NAE_ERA_R-2324_Eesti_Vabariigi_Pohiseaduslik_Assamblee, lk 157
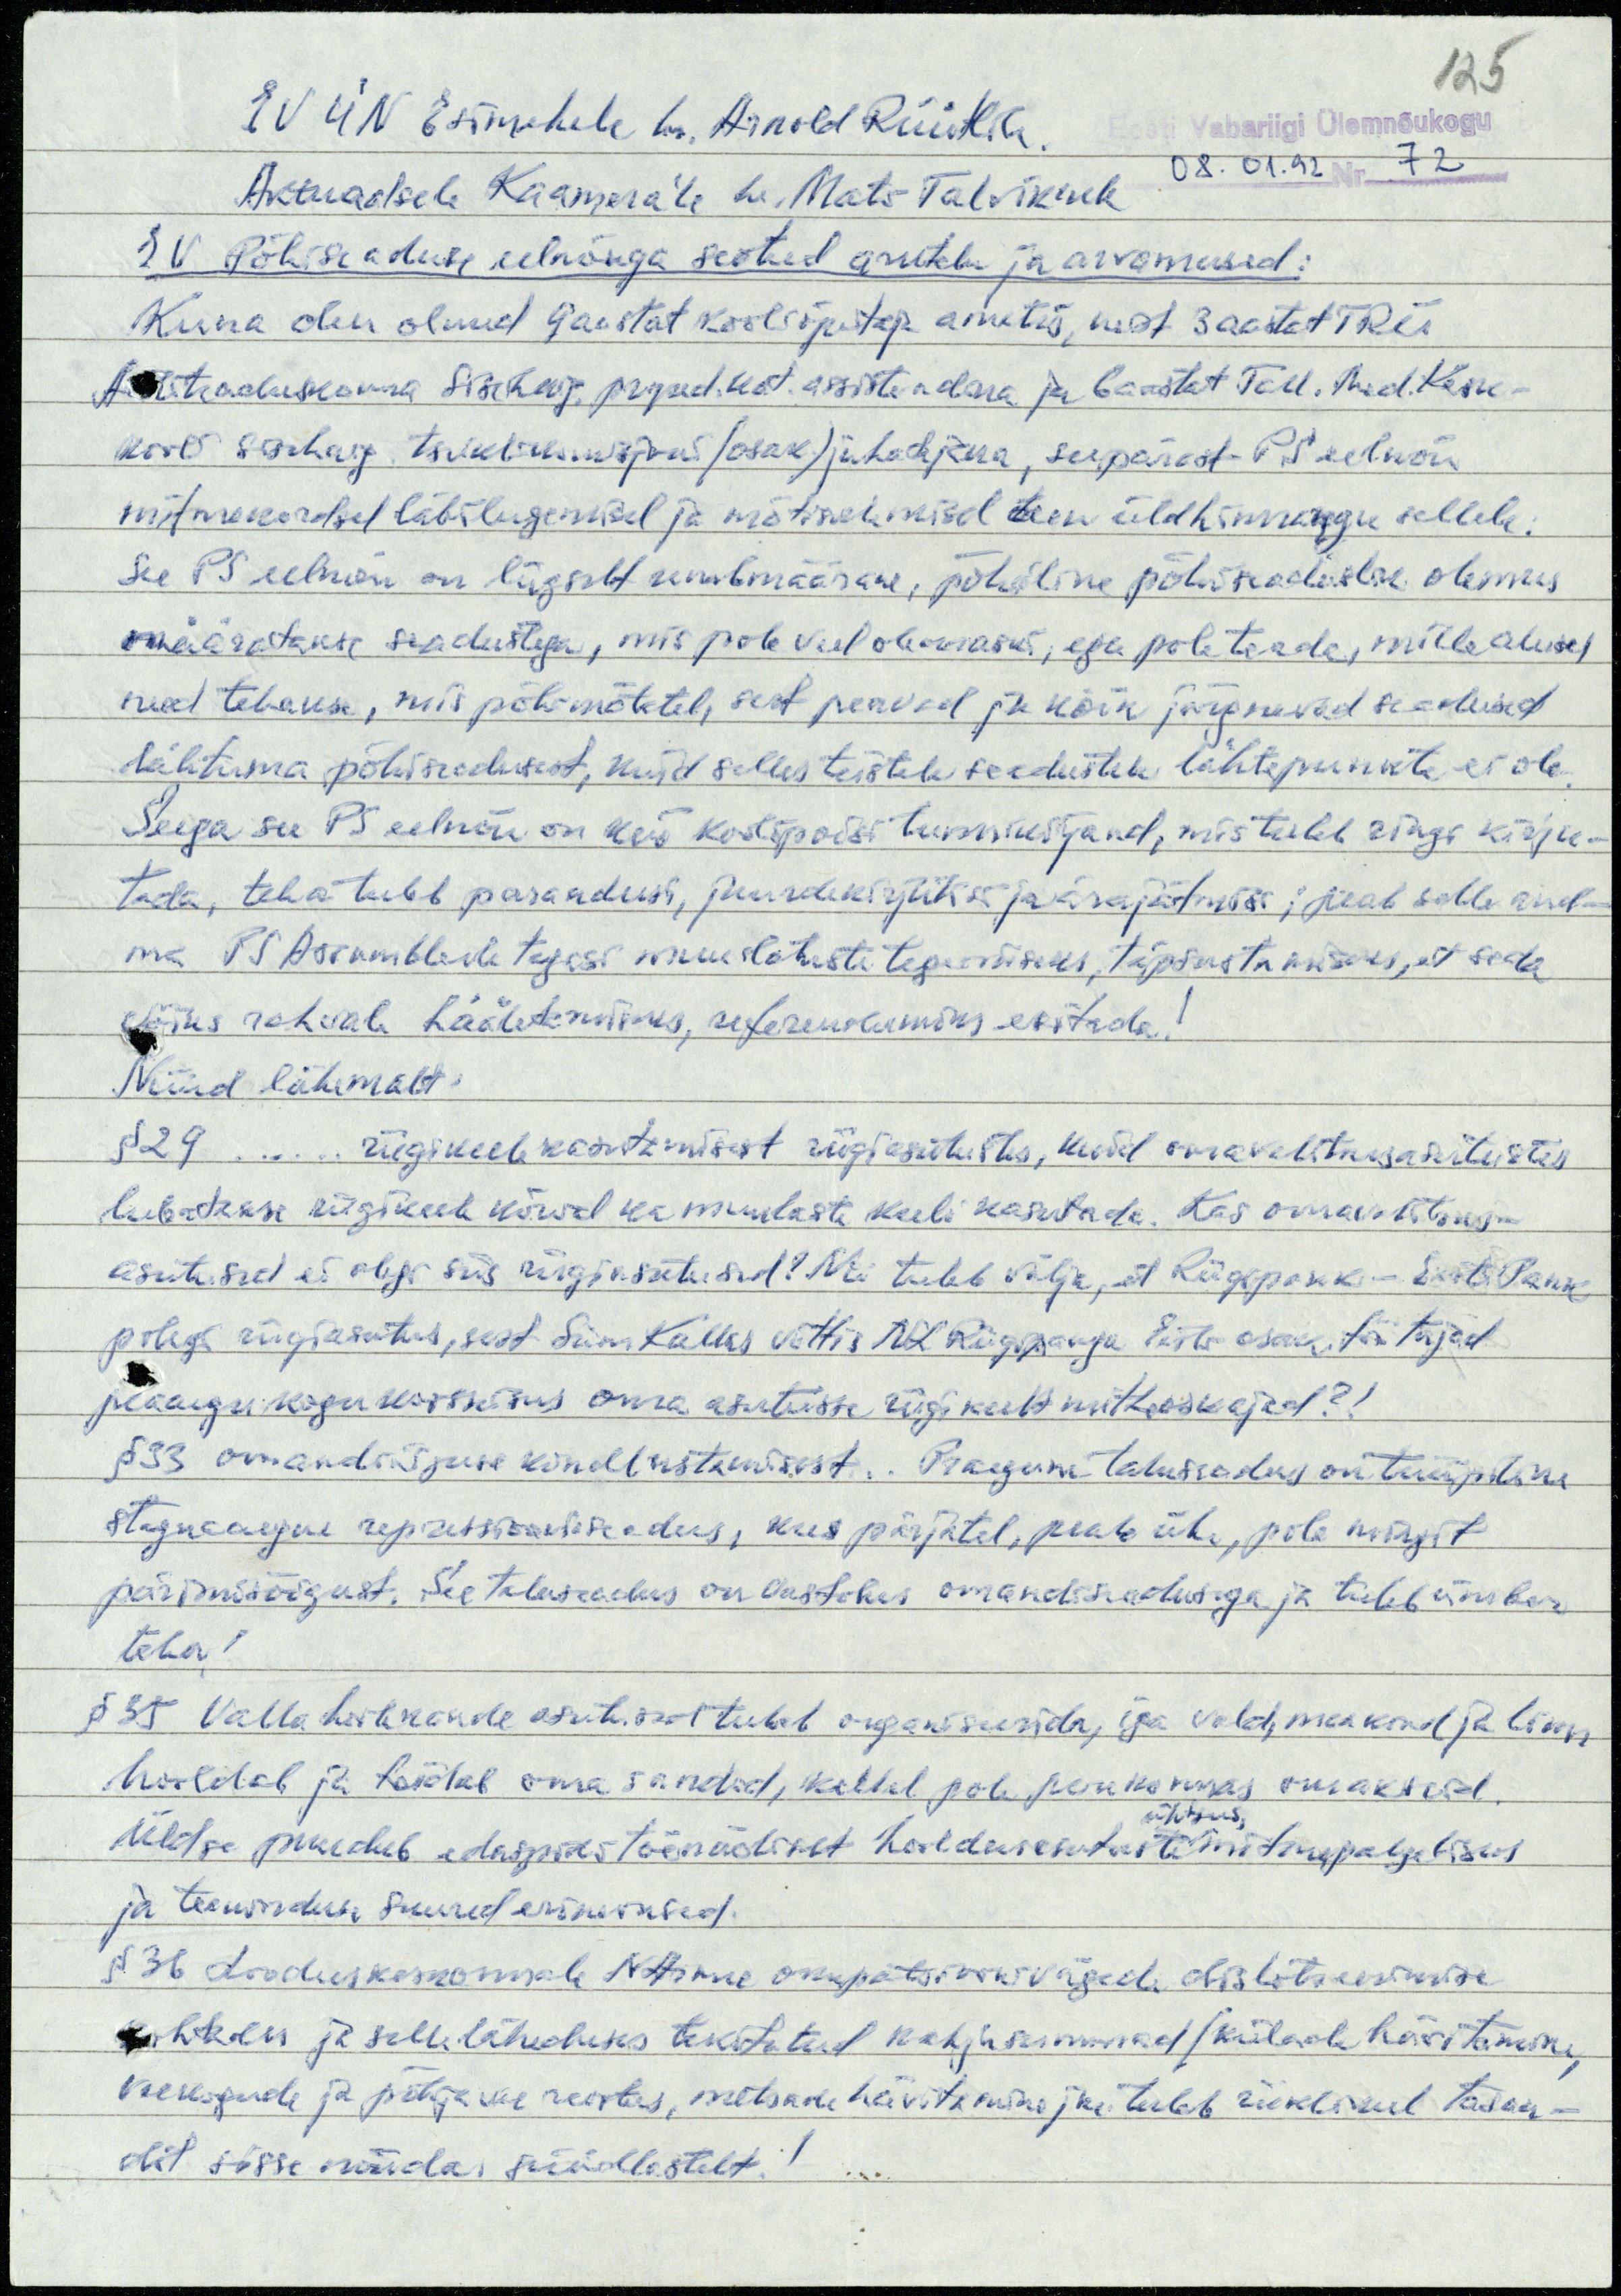
125
EV ÜN Esimehele hr. Arnold Rüütlile.
Eesti Vabariigi Ülemnõukogu
08.01.92 Nr 72
Aktuaalsele Kaamera´le hr. Mati Talvik´ule
EV Põhiseaduse eelnõuga seotud arutelu ja arvamused:
Kuna olen olnud 9 aastat kooliõpetaja ametis, neist 3 aastat TRÜ
Arstiteaduskonna Sisehaig. prgnd. kat. assistendina ja 6 aastat Tall. Med. Kesk-
kooli sisehaig. tsomisjoni (osak) juhataja, seepärast PS eelnõu
mitmekordsel läbilugemisel ja mõtisklemisel teen üldhinnangu sellele:
See PS eelnõu on liigselt umbmäärane, põhiline põhiseaduslik olemus
määratakse seadustega, mis pole veel olemaski, ega pole teada, mille alusel
need tehakse, mis põhimõtetel, sest peavad ju kõik järgnevad seadused
lähtuma põhiseadusest, kuid selles teistele seadustele lähtepunkte ei ole.
Seega see PS eelnõu on kui koolipoisi tunnikirjand, mis tuleb ringi kirju-
tada, teha tuleb parandusi, juurdekirjutisi ja ärajätmisi; peab selle and-
ma PS Assambleele tagasi muudatuste tegemiseks, täpsustamiseks, et seda
võiks rahvale hääletamiseks, referendumiks esitada!
Nüüd lähemalt:
§ 29.... riigikeele kasutamisest riigiasutustes, kuid omavalitsusasutustes
lubatakse riigikeele kõrval ka muulaste keeli kasutada. Kas omavalitsus-
asutused ei olegi siis riigiasutused? Nii tuleb välja, et Riigipank - Eesti Pank
polegi riigiasutus, sest Siim Kallas võttis NL Riigipanga Eesti osak. töötajad
peaaegu kogu koosseisus oma asutusse riigikeelt mitteoskajad?!
§ 33 omandiõiguse kindlustamisest.. Praegune taluseadus on tüüpiline
stagnaaegne repressiooniseadus, kus pärjatel, peale ühe, pole mingit
pärimisõigust. See taluseadus on vastolus omandiseadusega ja tuleb ümber
teha!
§ 35 Valla hoolekande asutused tuleb organiseerida, iga vald, maakond ja linn
hooldab ja toidab oma sandid, kellel pole perekonnas omakseid.
ühtsus,
Üldse puudub edaspidi tõenäoliselt hooldusasutuste mitmepalgelisus
ja teeninduse suured erinevused.
§ 36 Looduskeskkonnale NArmee okupatsioonivägede dislotseerimise
kohtades ja selle läheduses tekitatud kahjusummad (külade hävitamine,
veekogude ja põhjavee reostus, metsade hävitamine jne tuleb riiklikul tasan-
dil sisse nõuda süüdlastelt!)